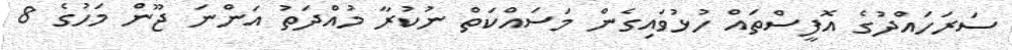
ސަރަހައްދުގެ އޮފީސްތައް ހުޅުވައިގެން މަސައްކަތް ނުކުރާ މުއްދަތު އަންނަ ޖޫން މަހުގެ 8